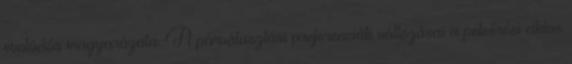
evolúciós magyarázata. A párválasztási preferenciák változásai a peteérési ciklus